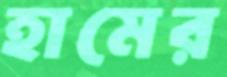
হামের